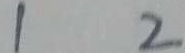
1 2